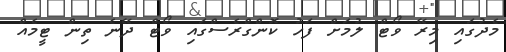
މެދުގައި މިރޭ ވޯޓް ލުމަށް ފަހު ކޮންގްރެސްގައި ވޯޓް ދޭނެ ތިން ޓީމެއް